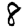
Digit: 8